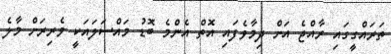
ތަރައްގީގައި ރާއްޖެ އަށް ދިމާވެފައި އޮތް އެންމެ ބޮޑު މައްސަލައަކީ ވެރިރަށް މާލެ